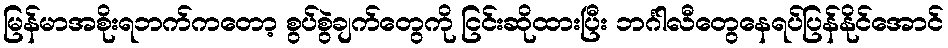
မြန်မာအစိုးရဘက်ကတော့ စွပ်စွဲချက်တွေကို ငြင်းဆိုထားပြီး ဘင်္ဂါလီတွေနေရပ်ပြန်နိုင်အောင်